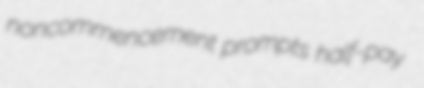
noncommencement prompts half-pay